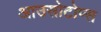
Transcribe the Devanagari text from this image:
आउसोटोप्स